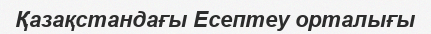
Қазақстандағы Есептеу орталығы